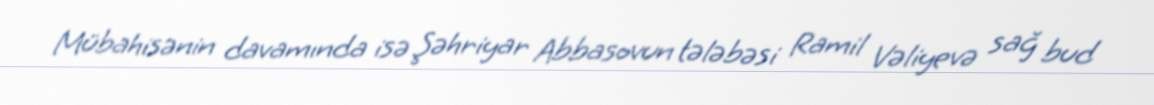
Mübahisənin davamında isə Şəhriyar Abbasovun tələbəsi Ramil Vəliyevə sağ bud